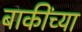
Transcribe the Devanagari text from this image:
बाकींच्या